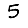
Digit: 5